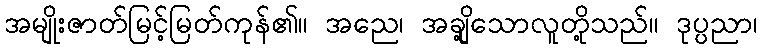
အမျိုးဇာတ်မြင့်မြတ်ကုန်၏။ အညေ၊ အချို့သောလူတို့သည်။ ဒုပ္ပညာ၊